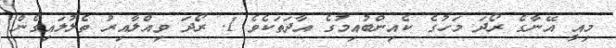
މިއީ އޭނާގެ ރޯދަ މަހުގެ ކެއިންބުއިމުގެ އާދަތަކެވެ 1. ރޯދަ ވިއްލާއިރު ތެލުލައިގެން